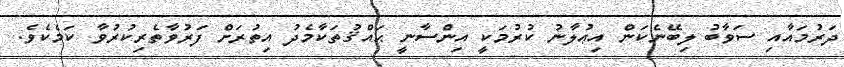
ދަރުމައާއި ސަވާބު ލިބޭނެކަން އިޢުލާނު ކުރުމަކީ އިންސާނީ ޙައްޤުތަކާމެދު އިތުރަށް ފަރުވާތެރިކުރުވާ ކަމެކެވެ.